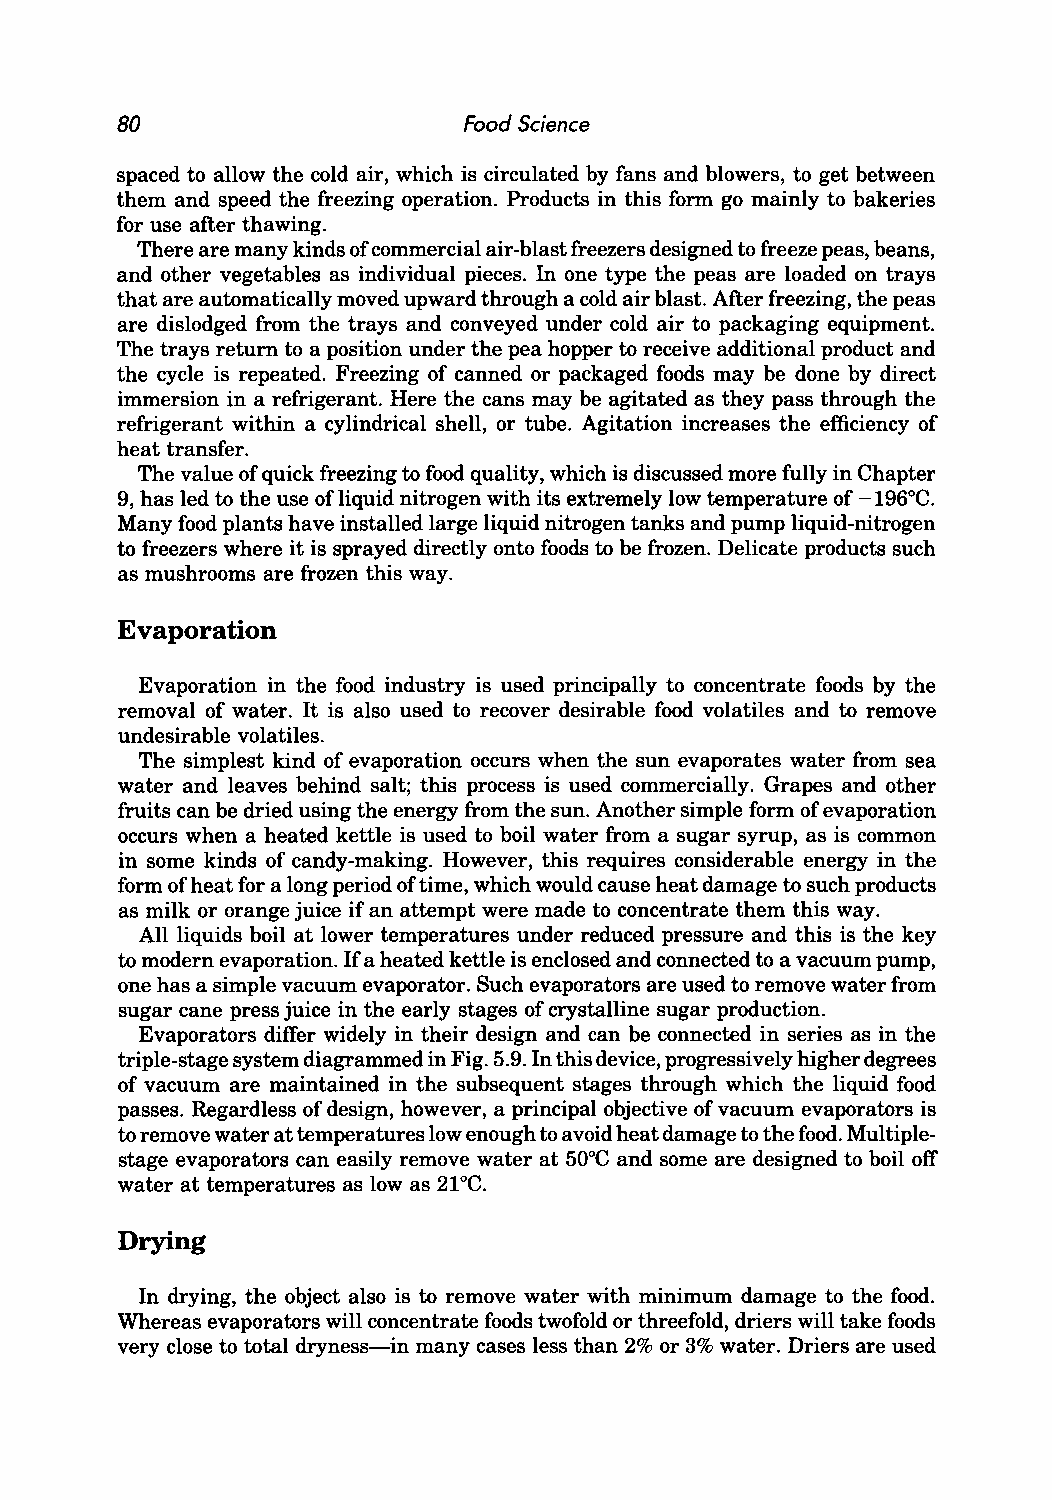
80                     Food Science
 spaced to allow the cold air, which is circulated by fans and blowers, to get between
 them and speed the freezing operation. Products in this form go mainly to bakeries
 for use after thawing.
 There are many kinds of commercial air-blast freezers designed to freeze peas, beans,
 and other vegetables as individual pieces. In one type the peas are loaded on trays
 that are automatically moved upward through a cold air blast. After freezing, the peas
 are dislodged from the trays and conveyed under cold air to packaging equipment.
 The trays return to a position under the pea hopper to receive additional product and
 the cycle is repeated. Freezing of canned or packaged foods may be done by direct
 immersion in a refrigerant. Here the cans may be agitated as they pass through the
 refrigerant within a cylindrical shell, or tube. Agitation increases the efficiency of
 heat transfer.
 The value of quick freezing to food quality, which is discussed more fully in Chapter
 9, has led to the use of liquid nitrogen with its extremely low temperature of -196°C.
 Many food plants have installed large liquid nitrogen tanks and pump liquid-nitrogen
 to freezers where it is sprayed directly onto foods to be frozen. Delicate products such
 as mushrooms are frozen this way.
 Evaporation
 Evaporation in the food industry is used principally to concentrate foods by the
 removal of water. It is also used to recover desirable food volatiles and to remove
 undesirable volatiles.
 The simplest kind of evaporation occurs when the sun evaporates water from sea
 water and leaves behind salt; this process is used commercially. Grapes and other
 fruits can be dried using the energy from the sun. Another simple form of evaporation
 occurs when a heated kettle is used to boil water from a sugar syrup, as is common
 in some kinds of candy-making. However, this requires considerable energy in the
 form of heat for a long period of time, which would cause heat damage to such products
 as milk or orange juice if an attempt were made to concentrate them this way.
 All liquids boil at lower temperatures under reduced pressure and this is the key
 to modern evaporation. If a heated kettle is enclosed and connected to a vacuum pump,
 one has a simple vacuum evaporator. Such evaporators are used to remove water from
 sugar cane press juice in the early stages of crystalline sugar production.
 Evaporators differ widely in their design and can be connected in series as in the
 triple-stage system diagrammed in Fig. 5.9. In this device, progressively higher degrees
 of vacuum are maintained in the subsequent stages through which the liquid food
 passes. Regardless of design, however, a principal objective of vacuum evaporators is
 to remove water at temperatures low enough to avoid heat damage to the food. Multiple
 stage evaporators can easily remove water at 50°C and some are designed to boil off
 water at temperatures as low as 21°C.
 Drying
 In drying, the object also is to remove water with minimum damage to the food.
 Whereas evaporators will concentrate foods twofold or threefold, driers will take foods
 very close to total dryness-in many cases less than 2% or 3% water. Driers are used